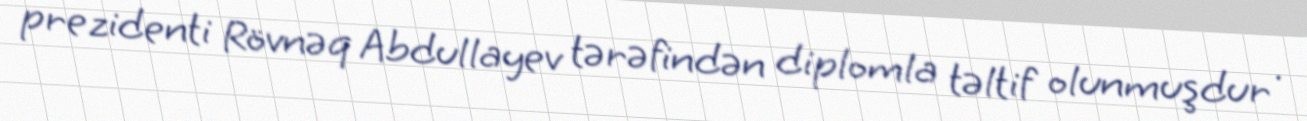
prezidenti Rövnəq Abdullayev tərəfindən diplomla təltif olunmuşdur .